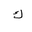
Letter: _kaf